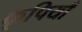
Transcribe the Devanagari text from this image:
कृपियाँ